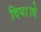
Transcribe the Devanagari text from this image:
दिया।वे